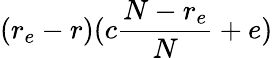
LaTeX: (r_{e}-r)(c\frac{N-r_{e}}{N}+e)